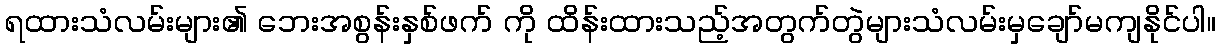
ရထားသံလမ်းများ၏ ဘေးအစွန်းနှစ်ဖက် ကို ထိန်းထားသည့်အတွက်တွဲများသံလမ်းမှချော်မကျနိုင်ပါ။